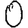
Digit: 0